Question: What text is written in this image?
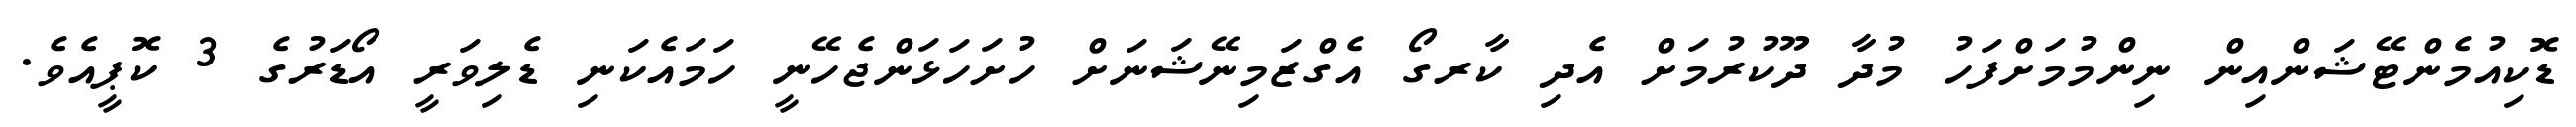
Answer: ޑޮކިއުމެންޓޭޝަންއިން ނިންމުމަށްފަހު މުދާ ދޫކުރުމަށް އެދި ކާރގޯ އެގްޒަމިނޭޝަނަށް ހުށަހަޅަންޖެހޭނީ ހަމައެކަނި ޑެލިވަރީ އޯޑަރުގެ 3 ކޮޕީއެވެ.